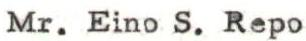
Mr. Eino S. Repo